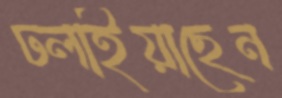
ঢলাইয়াছেন